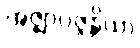
အဇ္ဈာပဇ္ဇန္တိယာ